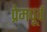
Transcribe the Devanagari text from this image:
प्रेमपूर्व